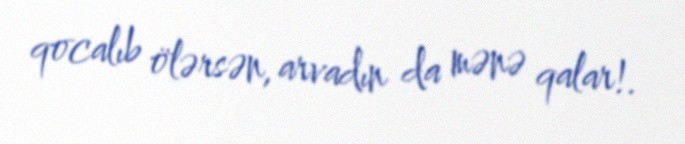
qocalıb ölərsən, arvadın da mənə qalar!.